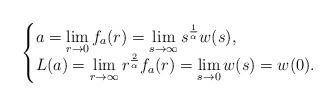
LaTeX: \begin{align*}\begin{cases}\displaystyle a = \lim_{r \to 0}f_a(r) = \lim_{s\to\infty}s^{\frac{1}{\alpha}}w(s),\\\displaystyle L(a) = \lim_{r\to\infty}r^{\frac{2}{\alpha}}f_a(r) = \lim_{s\to 0}w(s) = w(0).\end{cases}\end{align*}